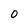
Character: 0